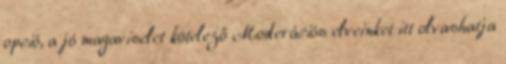
opció, a jó magaviselet kötelező Moderációs elveinket itt olvashatja